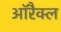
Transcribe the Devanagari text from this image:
ऑरैक्ल